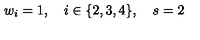
w _ { i } = 1 , \quad i \in \{ 2 , 3 , 4 \} , \quad s = 2